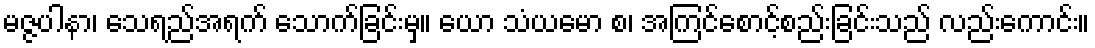
မဇ္ဇပါနာ၊ သေရည်အရက် သောက်ခြင်းမှ။ ယော သံယမော စ၊ အကြင်စောင့်စည်းခြင်းသည် လည်းကောင်း။